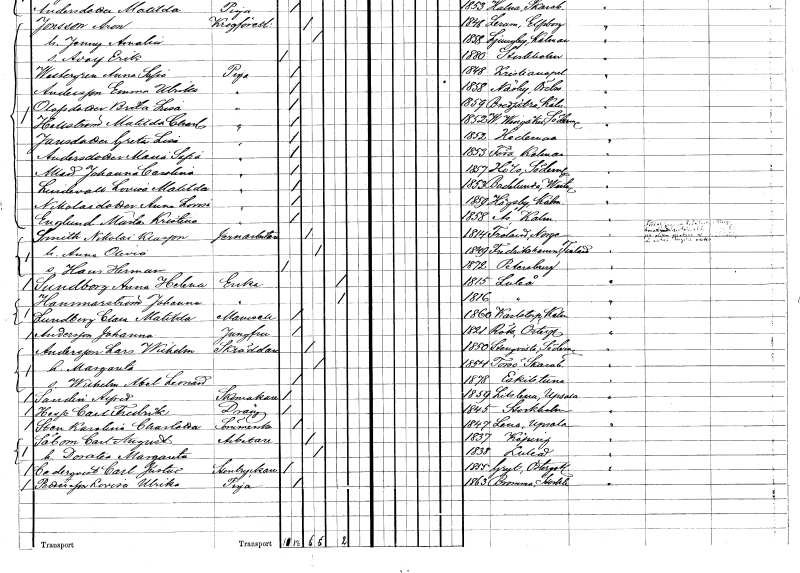
gt_parse: households: individuals: FN: Maria Sofia
EN: Andersdotter
YRKE: Piga
KON: K
CIV: O
FODAR: 1853
FODFORS: Föra Kalmar län
FN: Johanna Carolina
EN: Allard
YRKE: Piga
KON: K
CIV: O
FODAR: 1857
FODFORS: Hölö Stockholms län
FN: Lovisa Matilda
EN: Lindevall
YRKE: Piga
KON: K
CIV: O
FODAR: 1853
FODFORS: Badelunda Västmanlands län
FN: Anna Lovisa
EN: Nikolaidotter
YRKE: Piga
KON: K
CIV: O
FODAR: 1859
FODFORS: Högsby Kalmar län
FN: Märta Kristina
EN: Englund
YRKE: Piga
KON: K
CIV: O
FODAR: 1858
FODFORS: Ås Kalmar län
FN: Nikolai
EN: Smith Klasson
YRKE: Järnarbetare
KON: M
CIV: G
FODAR: 1814
FN: Anna Olivia
KON: K
CIV: G
FODAR: 1849
FN: Hans Herman
KON: M
CIV: O
FODAR: 1872
FN: Anna Helena
EN: Sundborg
YRKE: Änka
KON: K
CIV: E
FODAR: 1815
FODFORS: Luleå Norrbottens län
FN: Johanna
EN: Hammarström
YRKE: Änka
KON: K
CIV: E
FODAR: 1816
FODFORS: Luleå Norrbottens län
FN: Clara Matilda
EN: Lundberg
KON: K
CIV: O
FODAR: 1860
FODFORS: Karlstorp Jönköpings län
FN: Johanna
EN: Andersson
YRKE: Jungfru
KON: K
CIV: O
FODAR: 1821
FODFORS: Rök Östergötlands län
FN: Lars Wilhelm
EN: Andersson
YRKE: Skräddare
KON: M
CIV: G
FODAR: 1850
FODFORS: Stenkvista Södermanlands län
FN: Margareta
KON: K
CIV: G
FODAR: 1854
FODFORS: Torsö Skaraborgs län
FN: Wilhelm Abel Leonard
KON: M
CIV: O
FODAR: 1878
FODFORS: Eskilstuna Södermanlands län
FN: Alfred
EN: Sandin
YRKE: Skomakare
KON: M
CIV: O
FODAR: 1859
FODFORS: Litslena Uppsala län
FN: Carl Fredrik
EN: Hesse
YRKE: Dräng
KON: M
CIV: O
FODAR: 1845
FODFORS: Stockholm
FN: Karolina Charlotta
EN: Sten
YRKE: Sömmerska
KON: K
CIV: O
FODAR: 1847
FODFORS: Lena Uppsala län
FN: Carl August
EN: Säbom
YRKE: Arbetare
KON: M
CIV: G
FODAR: 1837
FODFORS: Köping Västmanlands län
FN: Dorotea Margareta
KON: K
CIV: G
FODAR: 1838
FODFORS: Luleå Norrbottens län
FN: Carl Justus
EN: Cederqvist
YRKE: Stentryckare
KON: M
CIV: O
FODAR: 1855
FODFORS: Gryt Östergötlands län
FN: Lovisa Ulrika
EN: Pettersson
YRKE: Piga
KON: K
CIV: O
FODAR: 1863
FODFORS: Bromma Stockholms län